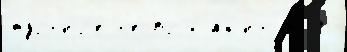
турн'и́р'е н'еопр Саб'ин мно́го